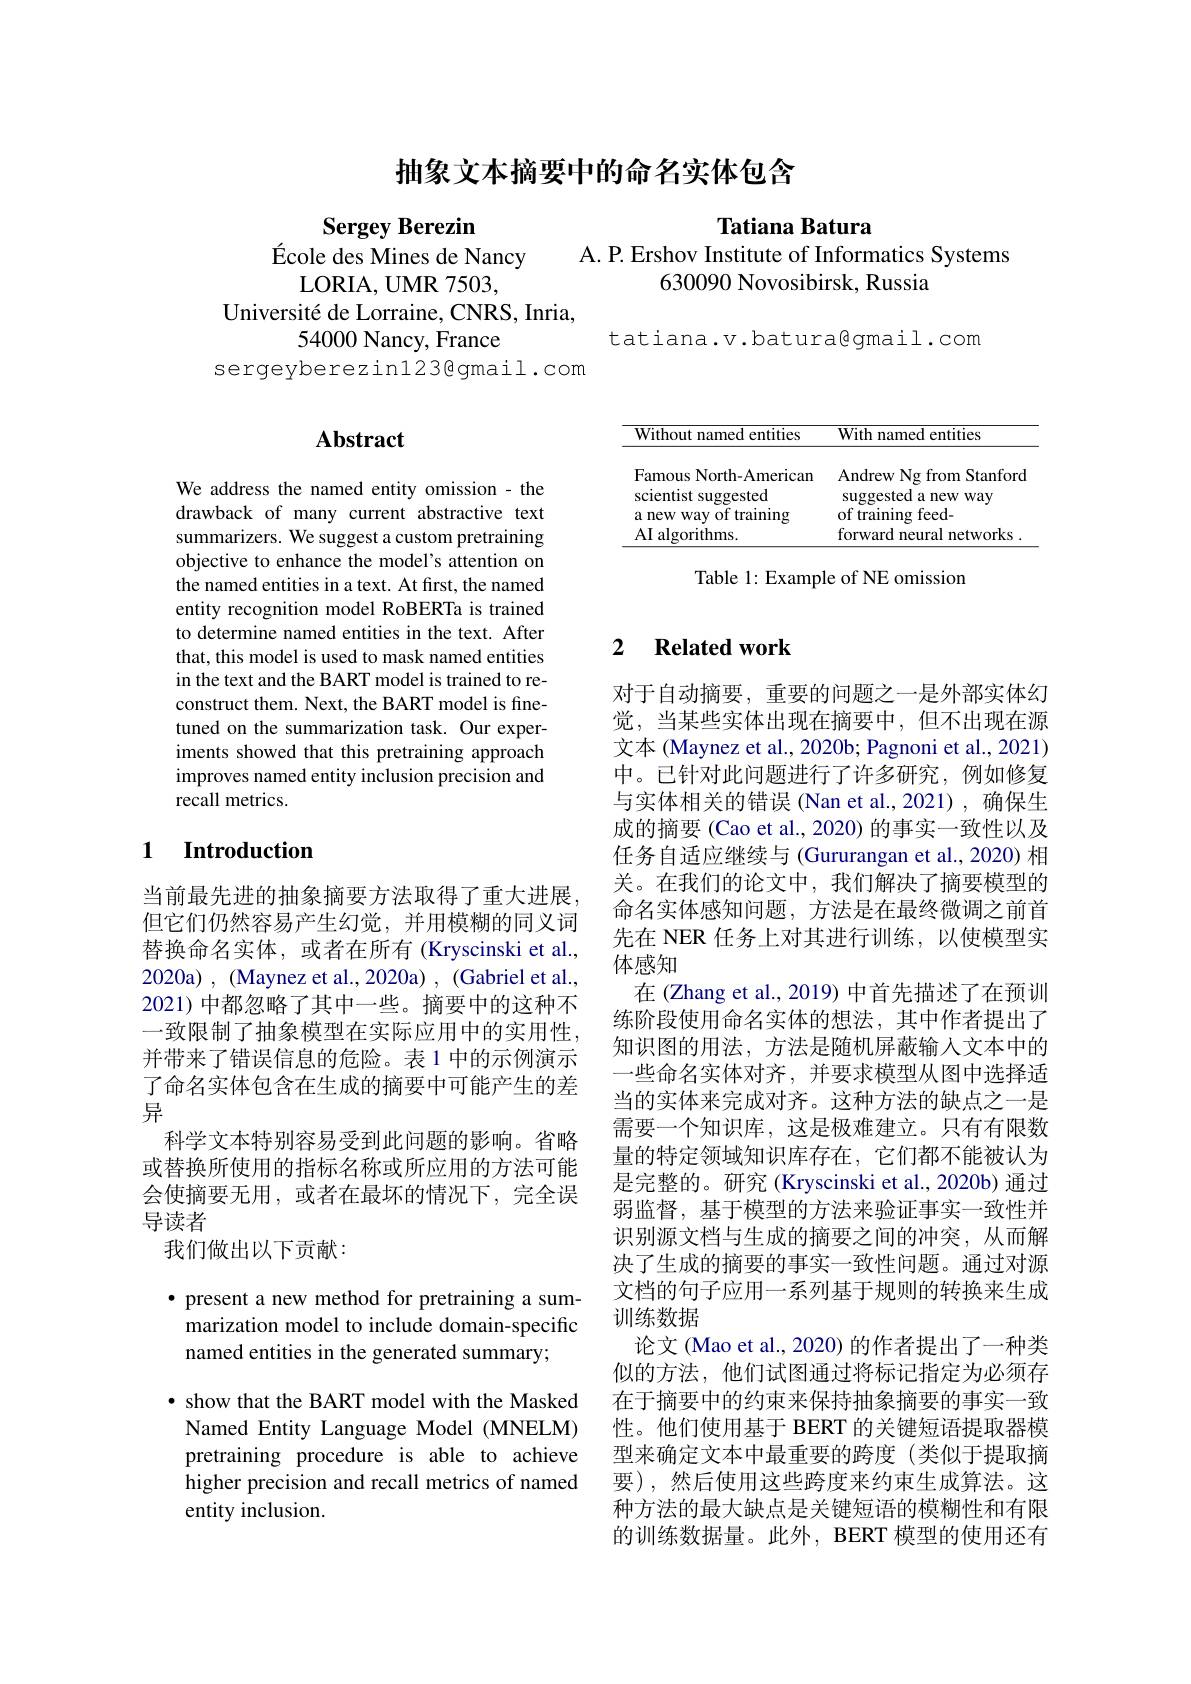
## 抽象文本摘要中的命名实体包含

Sergey Berezin
École des Mines de Nancy
LORIA, UMR7503,
Université de Lorraine, CNRS, Inria,
54000 Nancy, France
sergeyberezin123@gmail.com

## Tatiana Batura

A. P. Ershov Institute of Informatics Systems
630090 Novosibirsk, Russia

tatiana.v.batura@gmail.com

# Abstract

We address the named entity omission - the drawback of many current abstractive text summarizers. We suggest a custom pretraining objective to enhance the model's attention on the named entities in a text. At first, the named entity recognition model RoBERTa is trained to determine named entities in the text. After that, this model is used to mask named entities in the text and the BART model is trained to reconstruct them. Next, the BART model is finetuned on the summarization task. Our experiments showed that this pretraining approach improves named entity inclusion precision and recall metrics.

### 1 $\textbf{Introduction}$

当前最先进的抽象摘要方法取得了重大进展， 但它们仍然容易产生幻觉，并用模糊的同义词替换命名实体，或者在所有(Kryscinski et al., 2020a) , (Maynez et al., 2020a) , (Gabriel et al., 2021) 中都忽略了其中一些。摘要中的这种不一致限制了抽象模型在实际应用中的实用性并带来了错误信息的危险。表 1 中的示例演示了命名实体包含在生成的摘要中可能产生的差异
科学文本特别容易受到此问题的影响。省略或替换所使用的指标名称或所应用的方法可能会使摘要无用，或者在最坏的情况下，完全误导读者
我们做出以下贡献：

· present a new method for pretraining a summarization model to include domain-specific named entities in the generated summary;

$\bullet$ show that the BART model with the Masked Named Entity Language Model (MNELM) pretraining procedure is able to achieve higher precision and recall metrics of named entity inclusion.

<table>
	<tbody>
		<tr>
			<th>Without named entities</th>
			<th>With named entities</th>
		</tr>
		<tr>
			<td>Famous North-American scientist suggested</td>
			<td>Andrew Ng from Stanford suggested a new way</td>
		</tr>
		<tr>
			<td>a new way of training</td>
			<td>of training feed-</td>
		</tr>
		<tr>
			<td>AI algorithms.</td>
			<td>forward neural networks .</td>
		</tr>
	</tbody>
</table>

Table 1: Example of NE omission

## 2 Related work

对于自动摘要，重要的问题之一是外部实体幻觉，当某些实体出现在摘要中，但不出现在源文本 (Maynez et al., 2020b; Pagnoni et al., 2021) 中。已针对此问题进行了许多研究，例如修复与实体相关的错误(Nan et al.,2021),确保生成的摘要 (Cao et al., 2020) 的事实一致性以及任务自适应继续与 (Gururangan et al.,2020) 相关。在我们的论文中，我们解决了摘要模型的命名实体感知问题，方法是在最终微调之前首先在 NER 任务上对其进行训练，以使模型实体感知
在(Zhang et al., 2019) 中首先描述了在预训练阶段使用命名实体的想法，其中作者提出了知识图的用法，方法是随机屏蔽输入文本中的一些命名实体对齐，并要求模型从图中选择适当的实体来完成对齐。这种方法的缺点之一是需要一个知识库，这是极难建立。只有有限数量的特定领域知识库存在，它们都不能被认为是完整的。研究(Kryscinski et al., 2020b) 通过弱监督，基于模型的方法来验证事实一致性并识别源文档与生成的摘要之间的冲突，从而解决了生成的摘要的事实一致性问题。通过对源文档的句子应用一系列基于规则的转换来生成训练数据
论文 (Mao et al., 2020) 的作者提出了一种类似的方法，他们试图通过将标记指定为必须存在于摘要中的约束来保持抽象摘要的事实一致性。他们使用基于 BERT 的关键短语提取器模型来确定文本中最重要的跨度(类似于提取摘要),然后使用这些跨度来约束生成算法。这种方法的最大缺点是关键短语的模糊性和有限的训练数据量。此外，BERT 模型的使用还有